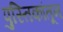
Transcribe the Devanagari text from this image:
पुस्तिकांतून